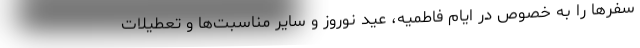
سفرها را به خصوص در ایام فاطمیه، عید نوروز و سایر مناسبت‌ها و تعطیلات